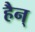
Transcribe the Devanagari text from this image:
हैन्